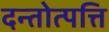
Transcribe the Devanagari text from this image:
दन्तोत्पत्ति